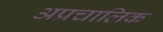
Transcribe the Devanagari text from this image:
अप्रचालिक